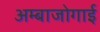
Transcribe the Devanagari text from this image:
अम्बाजोगाई